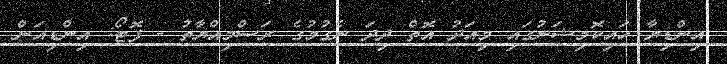
އިންޑިޔާ ހައިކޮމިޝަނުގައި މިއަދު އޮތް ދިދަ ނެގުމުގެ ރަސްމިއްޔާތު - ފޮޓޯ: އިންޑިއަން